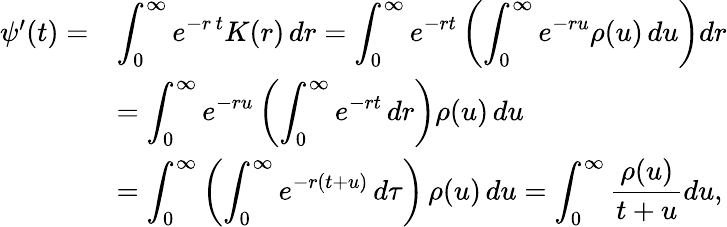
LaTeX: \begin{array}{lll}{\psi^{\prime}(t)=}&{{\displaystyle\int_{0}^{\infty}e^{-r\, t}K(r)\, dr}={\displaystyle\int_{0}^{\infty}e^{-rt}\left(\int_{0}^{\infty}e^{-ru}\rho(u)\, du\right)dr}}\\ &{={\displaystyle\int_{0}^{\infty}e^{-ru}\left(\int_{0}^{\infty}e^{-rt}\, dr\right)\rho(u)\, du}}\\ &{={\displaystyle\int_{0}^{\infty}\left(\int_{0}^{\infty}e^{-r(t+u)}\, d\tau\right)\, \rho(u)\, du}={\displaystyle\int_{0}^{\infty}\frac{\rho(u)}{t+u}du},}\end{array}